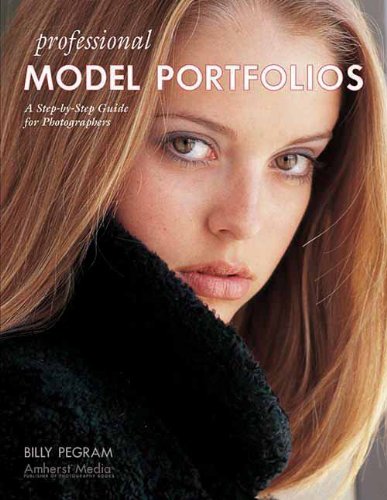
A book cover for Professional Model Portfolios: A Step-By-Step Guide for Photographers; Billy Pegram; Arts & Photography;